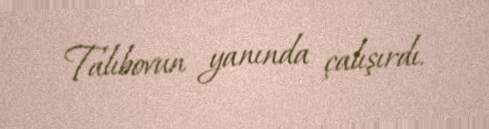
Talıbovun yanında çalışırdı.